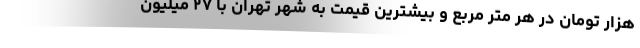
هزار تومان در هر متر مربع و بیشترین قیمت به شهر تهران با ۲۷ میلیون